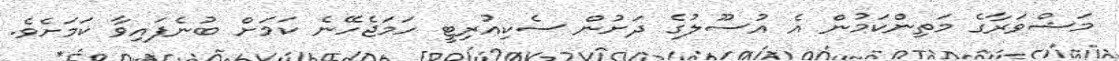
މަޝްވަރާގެ މަތިންކަމުން އެ އުސޫލުގެ ދަށުން ސެކިއުރިޓީ ހަމަޖެހޭނެ ކަމަށް ބުނެފައިވާ ކަމަށެވެ.